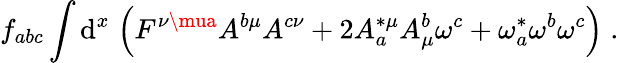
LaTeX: f_{abc}\int\mathrm{d}^{x}\; \Big(F^{\nu\mua}A^{b\mu}A^{c\nu}+2A_{a}^{*\mu}A_{\mu}^{b}\omega^{c}+\omega_{a}^{*}\omega^{b}\omega^{c}\Big)\; .